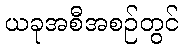
ယခုအစီအစဉ်တွင်